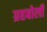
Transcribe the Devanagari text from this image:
ग्रहबोली